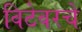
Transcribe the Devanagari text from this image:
विटेवरचे